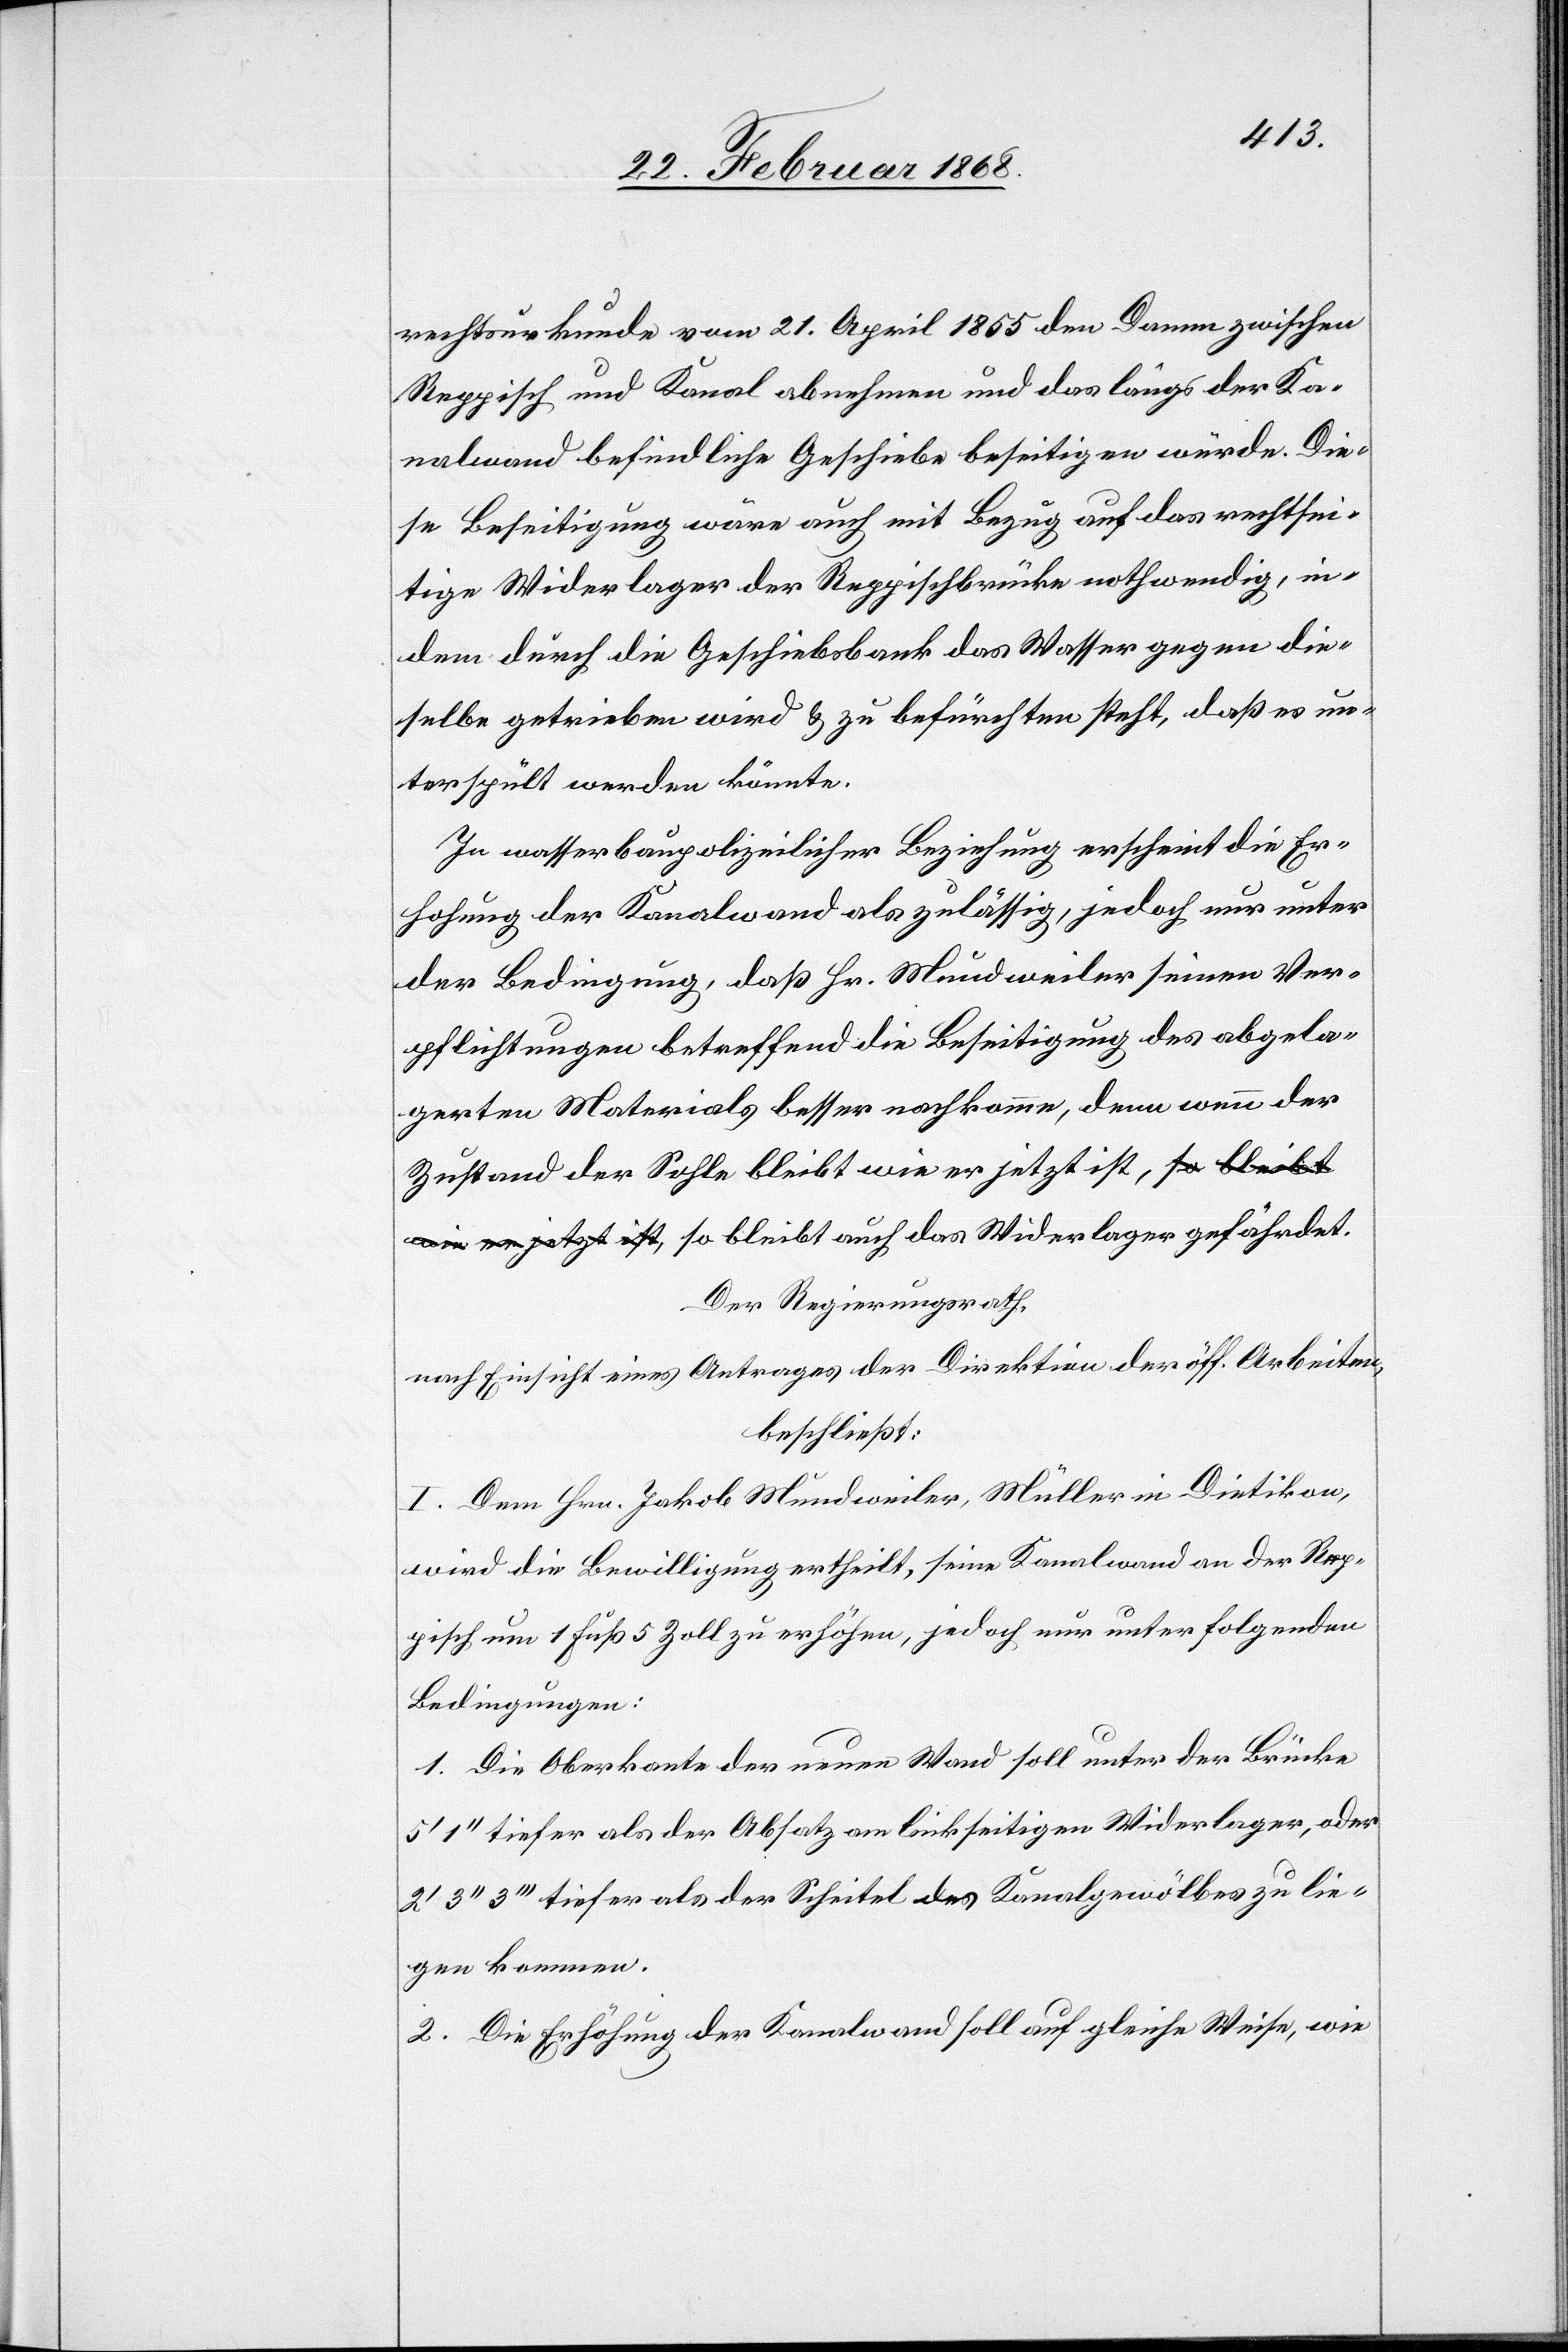
rechtsurkunde vom 21. April 1855 den Damm zwischen
Reppisch und Kanal abnehmen und das längs der Ka¬
nalwand befindliche Geschiebe beseitigen würde. Die¬
se Beseitigung wäre auch mit Bezug auf das rechtsei¬
tige Widerlager der Reppischbrücke nothwendig, in¬
dem durch die Geschiebsbank das Wasser gegen die¬
selbe getrieben wird & zu befürchten steht, daß es un¬
terspült werden könnte.
In wasserbaupolizeilicher Beziehung erscheint die Er¬
hohung [sic!] der Kanalwand als zulässig, jedoch nur unter
der Bedingung, daß Hr. Mundweiler seinen Ver¬
pflichtungen betreffend die Beseitigung des abgela¬
gerten Materials besser nachkomme, denn wenn der
Zustand der Sohle bleibt wie er jetzt ist, so bleibt
Der Regierungsrath,
nach Einsicht eines Antrages der Direktion der öff. Arbeiten,
beschließt:
I. Dem Hrn. Jakob Mundweiler, Müller in Dietikon,
wird die Bewilligung ertheilt, seine Kanalwand an der Rep¬
pisch um 1 Fuß 5 Zoll zu erhöhen, jedoch nur unter folgenden
Bedingungen:
1. Die Oberkante der neuen Wand soll unter der Brücke
1‘‘ tiefer als der Absatz am linkseitigen Widerlager, oder
3‘‘ 3‘‘‘ tiefer als der Scheitel des Kanalgewölbes zu lie¬
gen kommen.
2. Die Erhöhung der Kanalwand soll auf gleiche Weise, wie